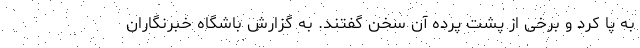
به پا کرد و برخی از پشت پرده آن سخن گفتند. به گزارش باشگاه خبرنگاران